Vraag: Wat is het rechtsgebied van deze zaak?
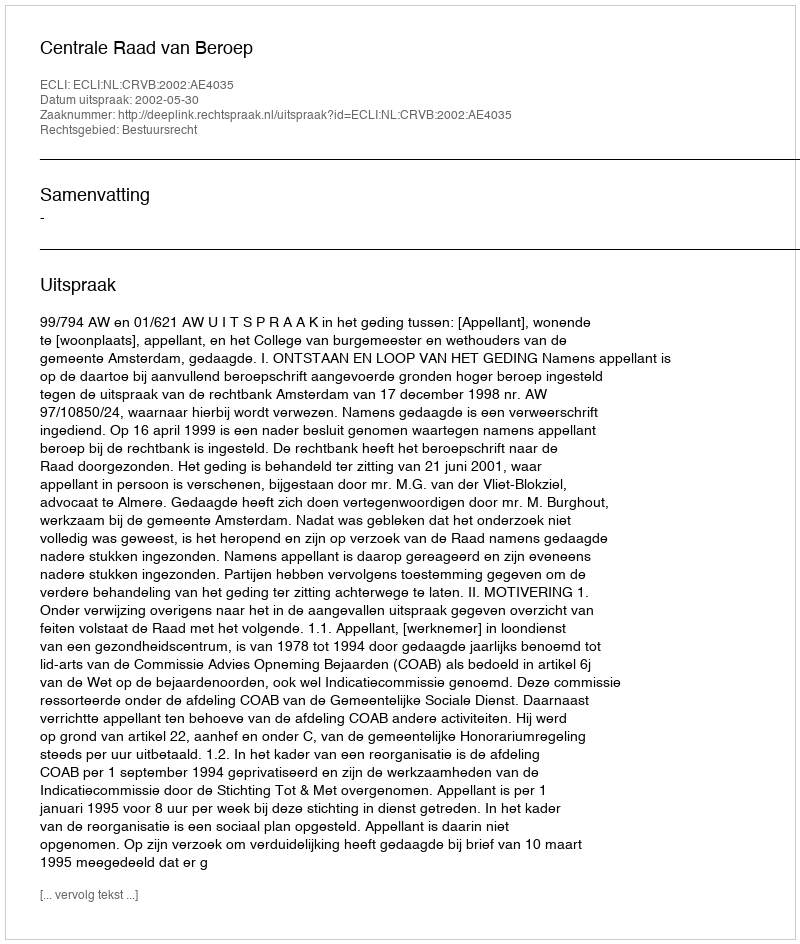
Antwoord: Bestuursrecht